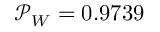
\mathcal { P } _ { W } = 0 . 9 7 3 9